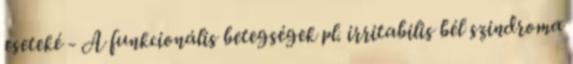
eseteké - A funkcionális betegségek pl. irritabilis bél szindroma